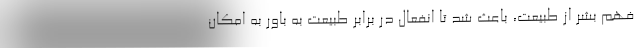
فهم بشر از طبیعت، باعث شد تا انفعال در برابر طبیعت به باور به امکان